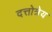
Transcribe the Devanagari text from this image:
दत्तोत्रेय